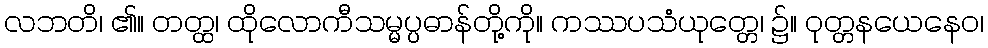
လဘတိ၊ ၏။ တတ္ထ၊ ထိုလောကီသမ္မပ္ပဓာန်တို့ကို။ ကဿပသံယုတ္တေ၊ ၌။ ဝုတ္တနယေနေဝ၊